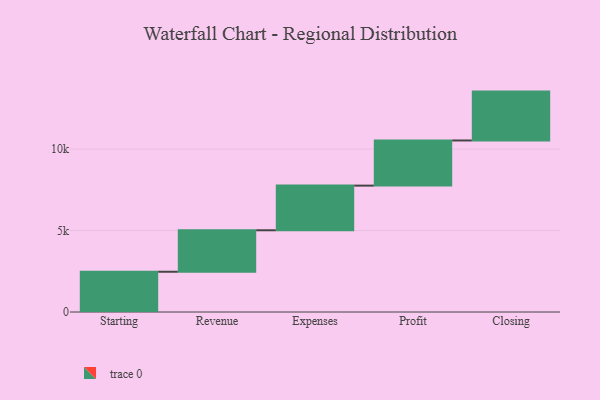
{"axis": {"x": "Step", "y": "Value"}, "legend": [""], "data": [{"x": "Starting", "y": 2471.0, "type": ""}, {"x": "Revenue", "y": 2546.0, "type": ""}, {"x": "Expenses", "y": 2741.0, "type": ""}, {"x": "Profit", "y": 2772.0, "type": ""}, {"x": "Closing", "y": 3000, "type": ""}]}